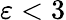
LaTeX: \varepsilon<3